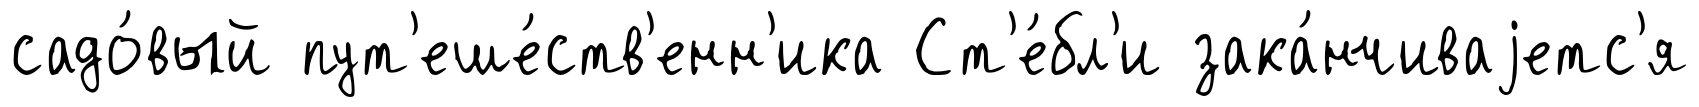
садо́вый пут'еше́ств'енн'ика Ст'е́бл'и зака́нчиваjетс'я